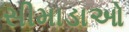
સીમાડાઓ